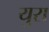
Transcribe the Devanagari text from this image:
युरा